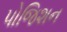
પોજિશન